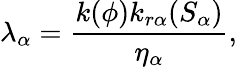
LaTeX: \lambda_{\alpha}=\frac{k(\phi)k_{r\alpha}(S_{\alpha})}{\eta_{\alpha}},